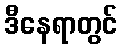
ဒီနေရာတွင်